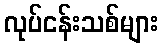
လုပ်ငန်းသစ်များ